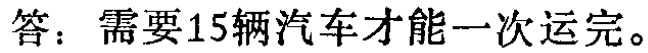
答：需要15辆汽车才能一次运完。